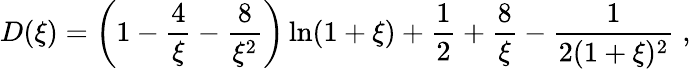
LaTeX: D(\xi)=\left(1-\frac{4}{\xi}-\frac{8}{\xi^{2}}\right)\ln(1+\xi)+\frac{1}{2}+\frac{8}{\xi}-\frac{1}{2(1+\xi)^{2}}\; ,